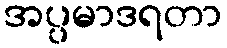
အပ္ပမာဒရတာ